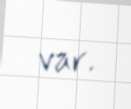
var.